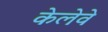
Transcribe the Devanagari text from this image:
केलेवे